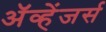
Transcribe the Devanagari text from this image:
ॲव्हेंजर्स